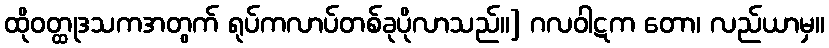
ထိုဝတ္ထုဒသကအတွက် ရုပ်ကလာပ်တစ်ခုပိုလာသည်။] ဂလဝါဋက တော၊ လည်ယာမှ။